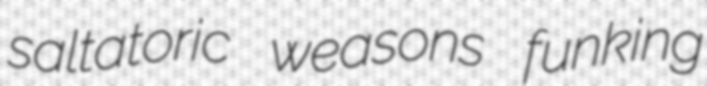
saltatoric weasons funking